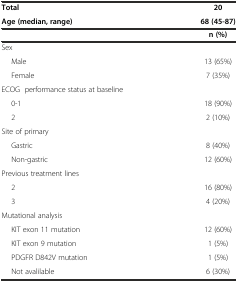
<table><thead><tr><td><b>Total</b></td><td><b>20</b></td></tr><tr><td><b>Age (median, range)</b></td><td><b>68 (45-87)</b></td></tr><tr><td>[EMPTY_CELL]</td><td><b>n (%)</b></td></tr></thead><tbody><tr><td>Sex</td><td>[EMPTY_CELL]</td></tr><tr><td>Male</td><td>13 (65%)</td></tr><tr><td>Female</td><td>7 (35%)</td></tr><tr><td>ECOG performance status at baseline</td><td>[EMPTY_CELL]</td></tr><tr><td>0-1</td><td>18 (90%)</td></tr><tr><td>2</td><td>2 (10%)</td></tr><tr><td>Site of primary</td><td>[EMPTY_CELL]</td></tr><tr><td>Gastric</td><td>8 (40%)</td></tr><tr><td>Non-gastric</td><td>12 (60%)</td></tr><tr><td>Previous treatment lines</td><td>[EMPTY_CELL]</td></tr><tr><td>2</td><td>16 (80%)</td></tr><tr><td>3</td><td>4 (20%)</td></tr><tr><td>Mutational analysis</td><td>[EMPTY_CELL]</td></tr><tr><td>KIT exon 11 mutation</td><td>12 (60%)</td></tr><tr><td>KIT exon 9 mutation</td><td>1 (5%)</td></tr><tr><td>PDGFR D842V mutation</td><td>1 (5%)</td></tr><tr><td>Not avalilable</td><td>6 (30%)</td></tr></tbody></table>